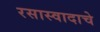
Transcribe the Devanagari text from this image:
रसास्वादाचे